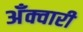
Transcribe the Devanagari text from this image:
अँक्वारी